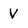
Character: v